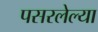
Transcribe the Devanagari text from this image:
पसरलेल्‍या